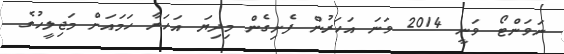
ނަވަންޓޯ ވަނީ 2014 ވަނަ އަހަރުން ފެށިގެން މިދިޔަ އަހަރާ ހަމައަށް މަޖިލީހުގެ